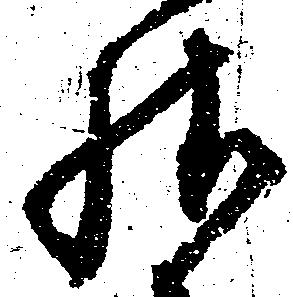
様